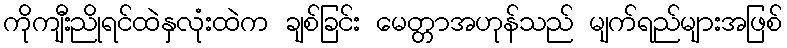
ကိုကျီးညိုရင်ထဲနှလုံးထဲက ချစ်ခြင်း မေတ္တာအဟုန်သည် မျက်ရည်များအဖြစ်